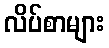
လိပ်စာများ